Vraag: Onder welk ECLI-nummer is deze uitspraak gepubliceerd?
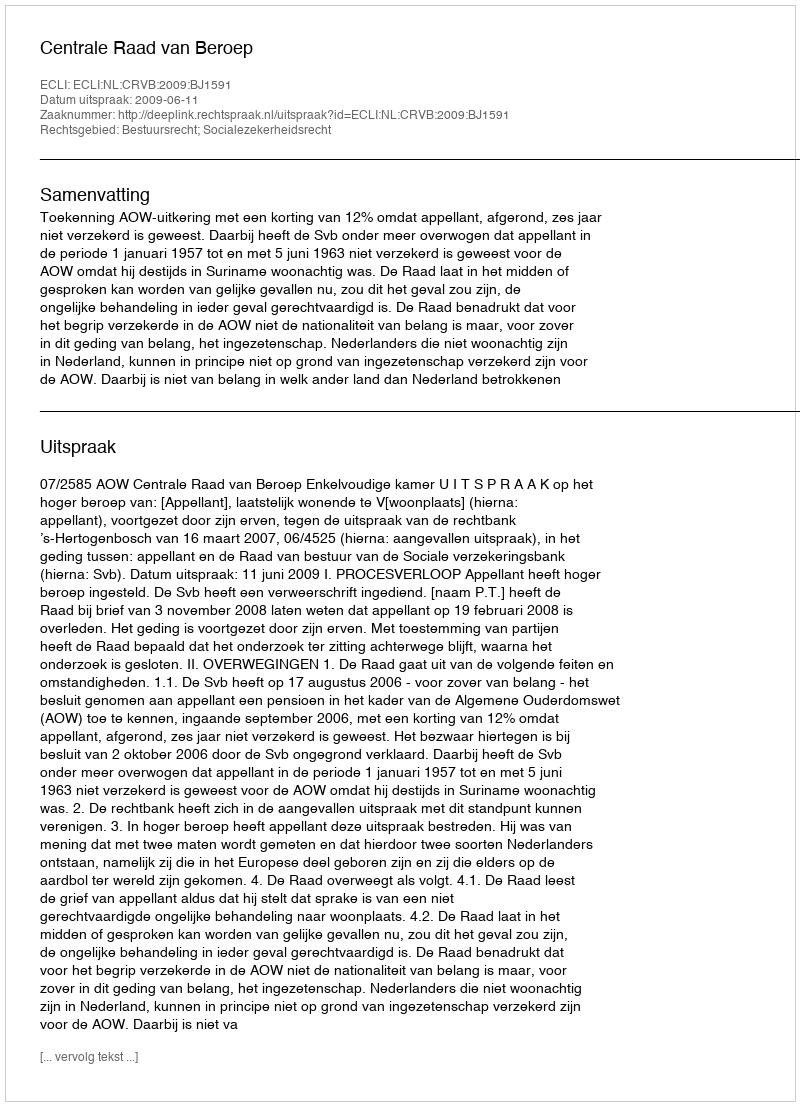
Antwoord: ECLI:NL:CRVB:2009:BJ1591